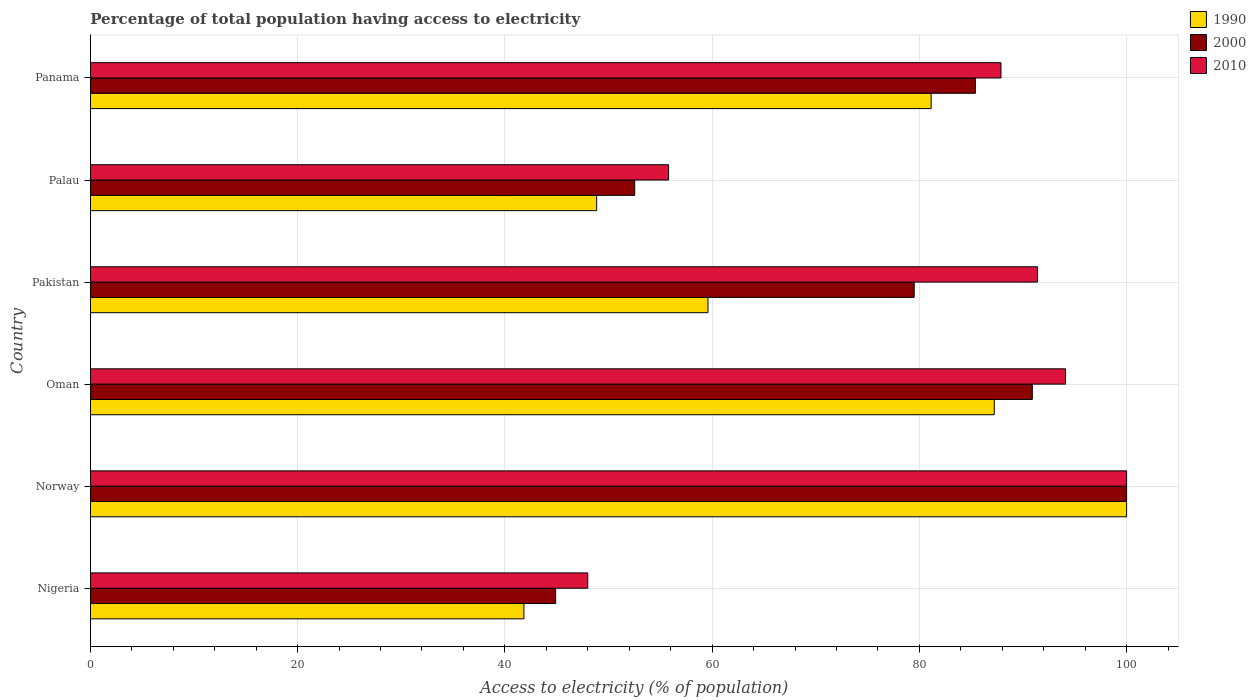
| Country | 1990 | 2000 | 2010 |
 | --- | --- | --- | --- |
 | Nigeria | 41.8 | 44.9 | 48 |
 | Norway | 100 | 100 | 100 |
 | Oman | 87.2 | 90.9 | 94.1 |
 | Pakistan | 59.6 | 79.5 | 91.4 |
 | Palau | 48.9 | 52.5 | 55.8 |
 | Panama | 81.1 | 85.4 | 87.9 |